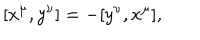
\lbrack x ^ { \mu } , y ^ { \nu } ] = - [ y ^ { \nu } , x ^ { \mu } ] ,